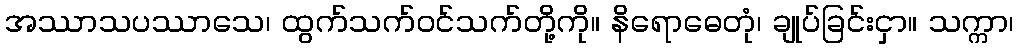
အဿာသပဿာသေ၊ ထွက်သက်ဝင်သက်တို့ကို။ နိရောဓေတုံ၊ ချုပ်ခြင်းငှာ။ သက္ကာ၊